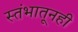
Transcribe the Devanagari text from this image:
स्तंभातूनही